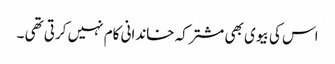
اس کی بیوی بھی مشترکہ خاندانی کام نہیں کرتی تھی ۔